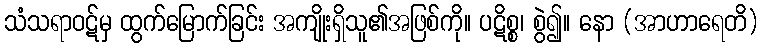
သံသရာဝဋ်မှ ထွက်မြောက်ခြင်း အကျိုးရှိသူ၏အဖြစ်ကို။ ပဋိစ္စ၊ စွဲ၍။ နော (အာဟာရေတိ)